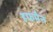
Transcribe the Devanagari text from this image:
हफमैन